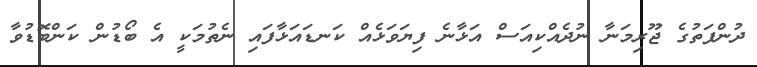
ދުންފަތުގެ ޖޫރިމަނާ ނުދެއްކިއަސް އަޅާނެ ފިޔަވަޅެއް ކަނޑައަޅާފައި ނެތުމަކީ އެ ބޯޑުން ކަންބޮޑުވާ